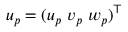
\boldsymbol { u } _ { p } = ( u _ { p } \ v _ { p } \ w _ { p } ) ^ { \top }